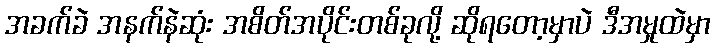
အခက်ခဲ အနက်နဲဆုံး အစိတ်အပိုင်းတစ်ခုလို့ ဆိုရတော့မှာပဲ ဒီအမှုထဲမှာ